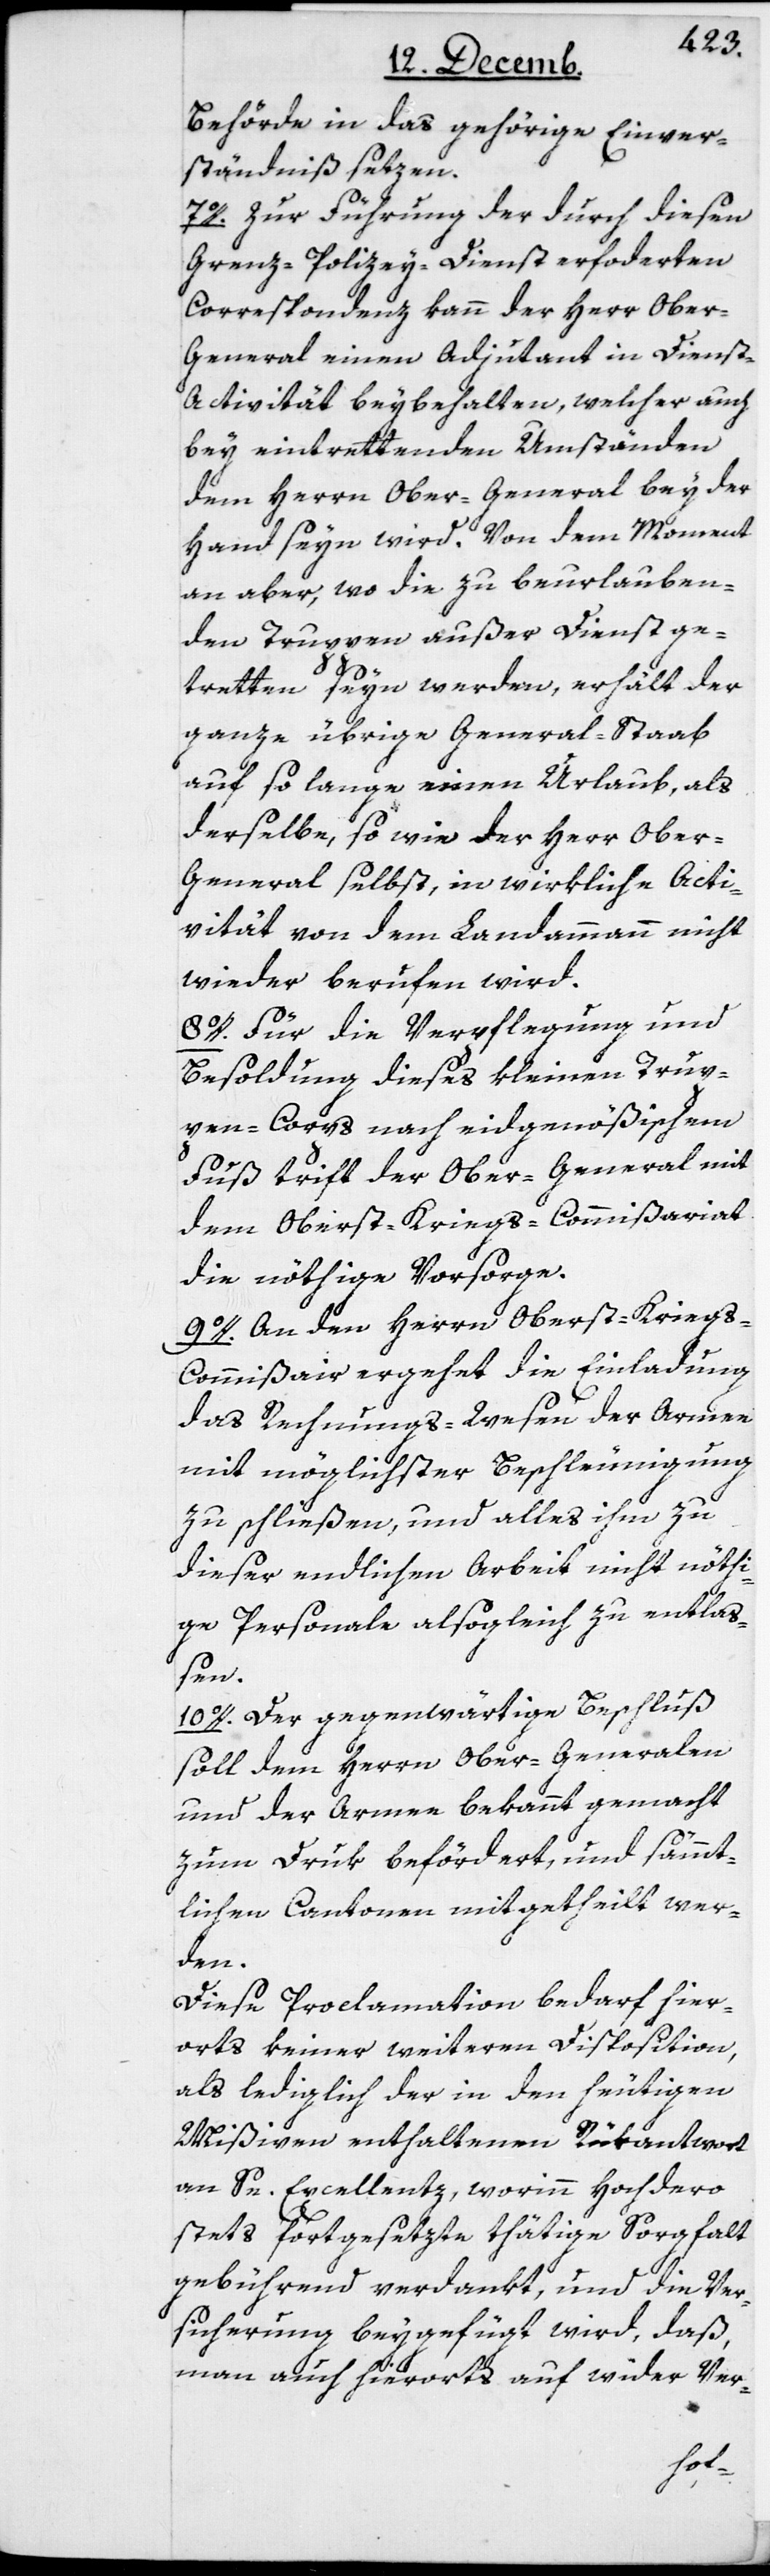
Behörde in das gehörige Einver¬
ständniß setzen.
7o. Zur Führung der durch diesen
Grenz-Polizey-Dienst erforderten
Correspondenz kann der Herr Ober-G¬
eneral einen Adjudant in Dienst-A¬
ctivität beybehalten, welcher auch
bey eintrettenden Umständen
dem Herrn Ober-General bey der
Hand seyn wird. Von dem Moment
an aber, wo die zu beurlauben¬
den Truppen außer Dienst ge¬
tretten seyn werden, erhält der
ganze übrige General-Staab
auf so lange einen Urlaub, als
derselbe, so wie der Herr Ober¬
general selbst, in wirkliche Acti¬
vität von dem Landammann nicht
wieder berufen wird.
8. Für die Verpflegung und
Besoldung dieses kleinen Trup¬
pen-Corps nach eidgenößischem
Fuß trift der Ober-General mit
dem Oberst-Kriegs-Commißariat
die nöthige Vorsorge.
9o. An den Herrn Oberst-Krieg¬
s-Commißair ergehet die Einladung
des Rechnungs-Wesen der Armee
mit möglichster Beschleunigung
zu schließen, und alles ihm zu
dieser endlichen Arbeit nicht nöthi¬
ge Personale alsogleich zu entlaß¬
en.
10o. Der gegenwärtige Beschluß
soll dem Herrn Ober-Generalen
und der Armee bekannt gemacht,
zum Druk befördert, und sämmt¬
lichen Cantonen mitgetheilt wer¬
den.
Diese Proclamation bedarf hier¬
orts keiner weiteren Disposition,
als lediglich der in den heutigen
Mißiven enthaltenen Rükantwort
an Se. Excellenz, worinn Hochdero
stets fortgesetzte thätige Sorgfalt
gebührend verdankt, und die Ver¬
sicherung beygefügt wird, daß,
man auch hierorts auf wider Ver-